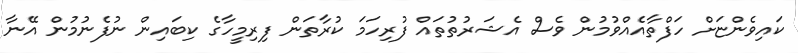
ކައިވެންޏަށް ހަފްތާއެއްވުމުން ވެސް އެޝަރުތުތައް ފުރިހަމަ ކުރާތަން ފިރިމީހާގެ ކިބައިން ނުފެނުމުން އޭނާ